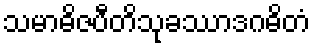
သမာဓိဇပီတိသုခဿာဒဂဓိတံ